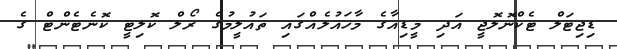
ޑިޖިޓަލް ޓެކްނޮލޮޖީ އަދި މީޑިއާގެ މާހައުލެއްގައި ތައުލީމުގެ ރޯލް ކޮލިޓީ ކޮނެޓެންޓް ގެ